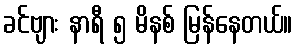
ခင်ဗျား နာရီ ၅ မိနစ် မြန်နေတယ်။